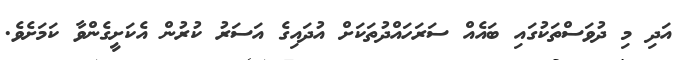
އަދި މި ދުވަސްތަކުގައި ބައެއް ސަރަހައްދުތަކަށް އުދައިގެ އަސަރު ކުރުން އެކަށީގެންވާ ކަމަށެވެ.